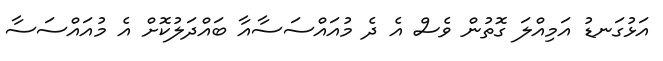
އަޅުގަނޑު އަމިއްލަ ގޮތުން ވެސް އެ ދެ މުއައްސަސާއާ ބައްދަލުކޮށް އެ މުއައްސަސާ